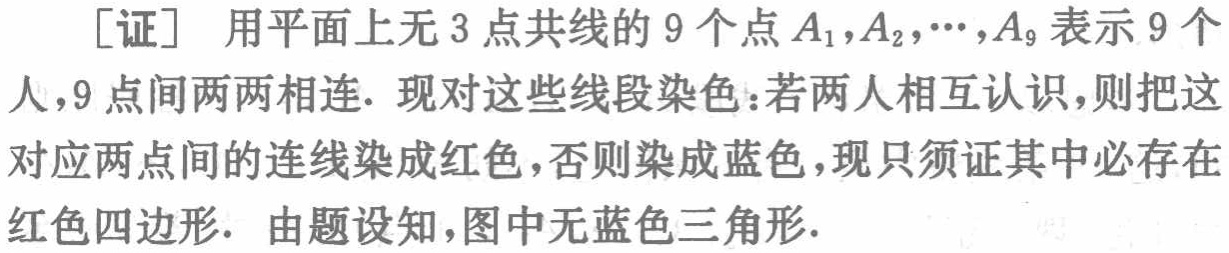
[证] 用平面上无 3 点共线的 9 个点\(A_{1},A_{2},\cdots,A_{9}\)表示 9 个人，9 点间两两相连. 现对这些线段染色：若两人相互认识，则把这对应两点间的连线染成红色，否则染成蓝色，现只须证其中必存在红色四边形. 由题设知，图中无蓝色三角形.